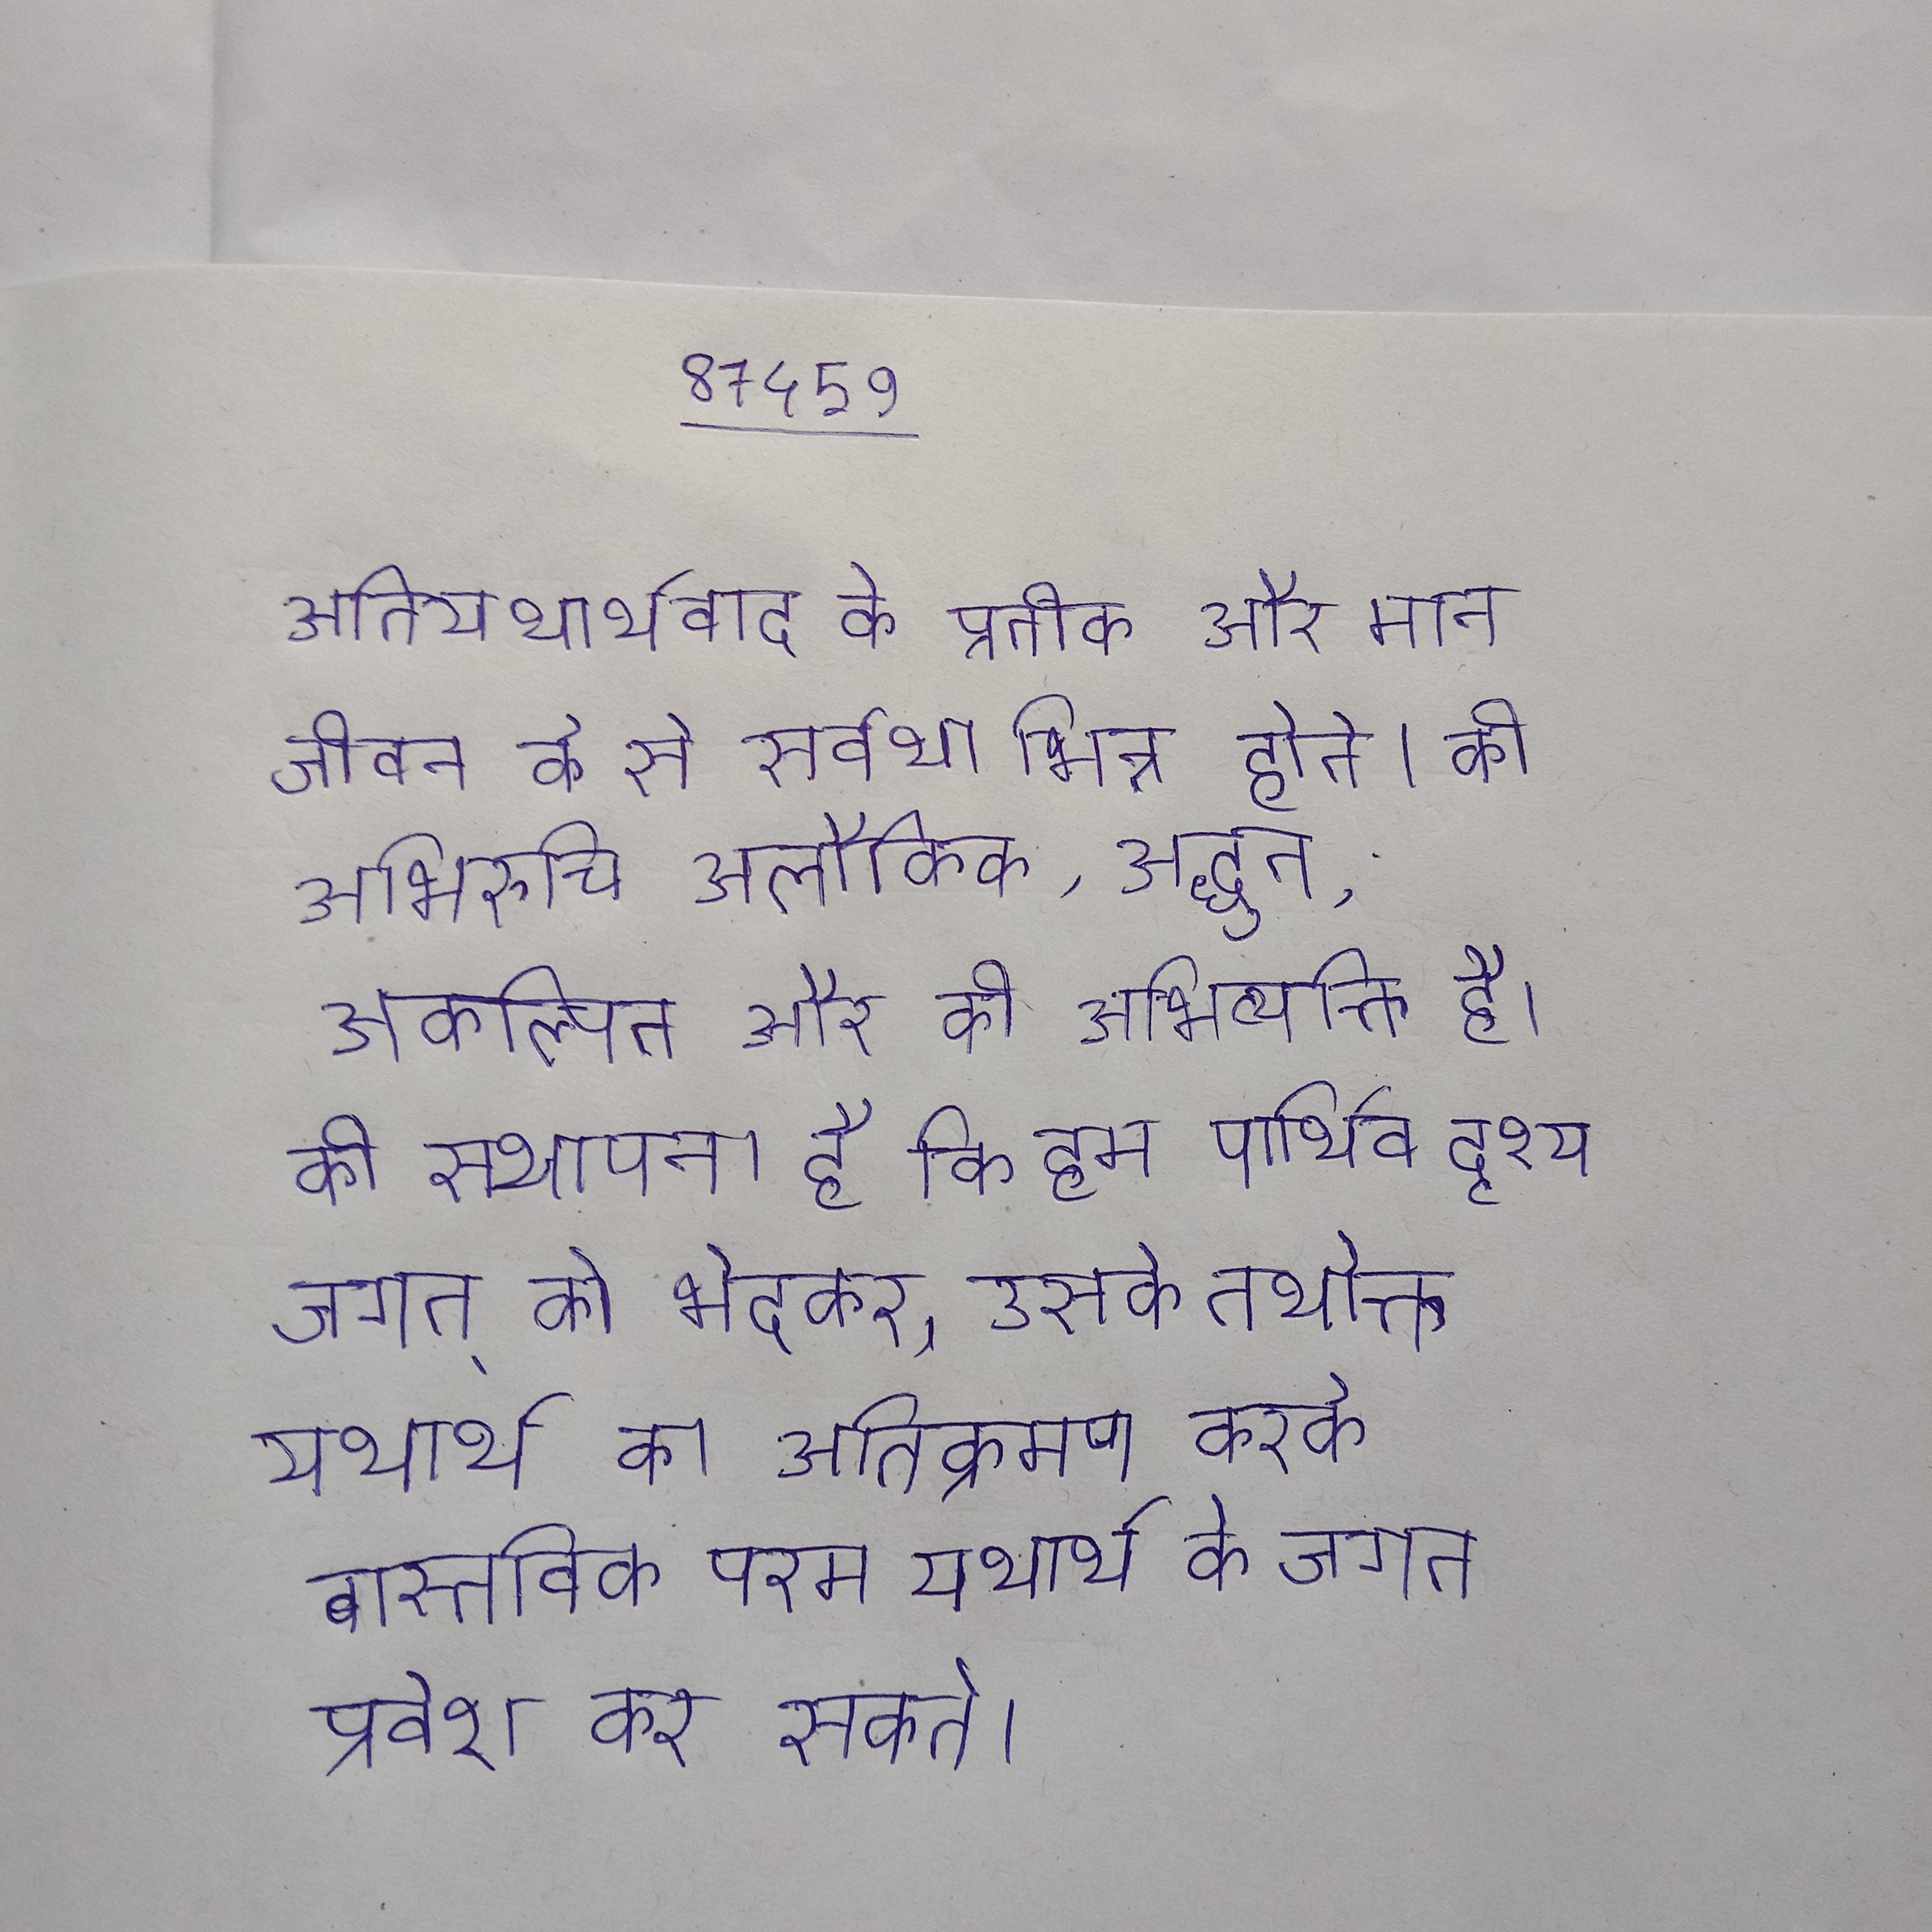
अतियथार्थवाद के प्रतीक और मान जीवन के से सर्वथा भिन्न होते । की अभिरुचि अलौकिक, अद्भुत, अकल्पित और की अभिव्यक्ति है । की स्थापना है कि हम पार्थिव दृश्य जगत् को भेदकर, उसके तथोक्त यथार्थ का अतिक्रमण करके वास्तविक परम यथार्थ के जगत प्रवेश कर सकते ।